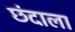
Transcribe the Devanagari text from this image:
छंदाला